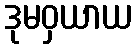
ဒုမဝှယာယ